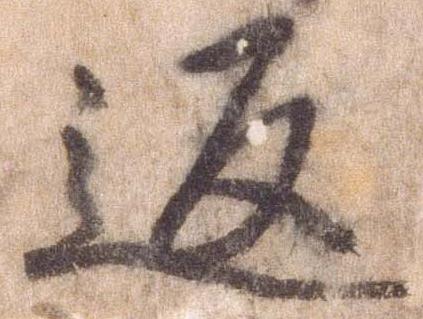
返